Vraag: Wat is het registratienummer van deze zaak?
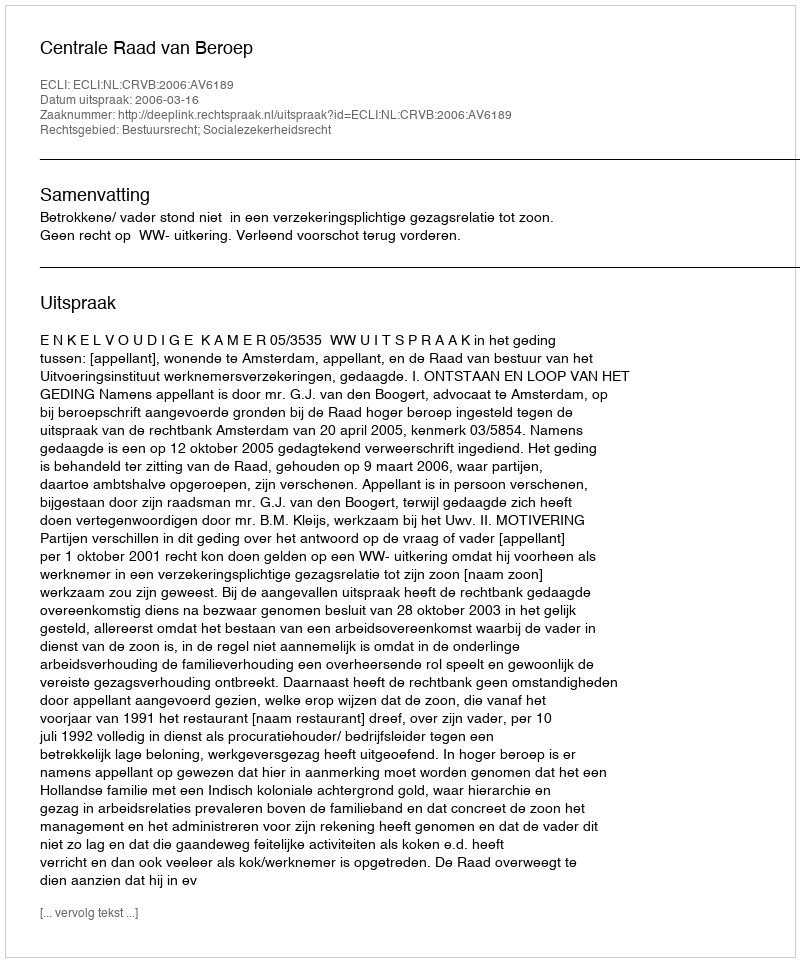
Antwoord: http://deeplink.rechtspraak.nl/uitspraak?id=ECLI:NL:CRVB:2006:AV6189